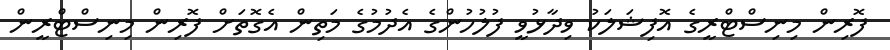
ފޮރިން މިނިސްޓްރީގެ އޮފިޝަލަކު ވިދާޅުވީ ފުލުހުންގެ އެދުމުގެ މަތިން އެގޮތަށް ފޮރިން މިނިސްޓްރީން